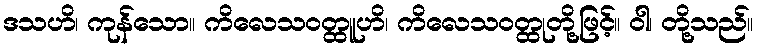
ဒသဟိ၊ ကုန်သော။ ကိလေသဝတ္ထူဟိ၊ ကိလေသဝတ္ထုတို့ဖြင့်။ ဝါ၊ တို့သည်။